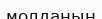
молданың